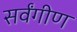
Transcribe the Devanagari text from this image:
सर्वंगीण